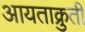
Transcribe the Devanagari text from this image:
आयताक्रुती